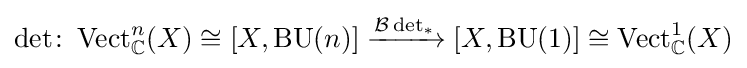
\det \colon \operatorname {Vect} _{\mathbb {C} }^{n}(X)\cong [X,\operatorname {BU} (n)]\xrightarrow {{\mathcal {B}}\det _{*}} [X,\operatorname {BU} (1)]\cong \operatorname {Vect} _{\mathbb {C} }^{1}(X)